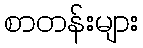
စာတန်းများ